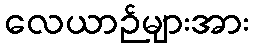
လေယာဉ်များအား